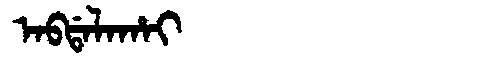
Manchu: ᠠᠪᡩᠠᠯᠠᡥᠠᡳ
Romanization: ABDALAHAI